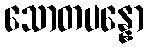
သောတပန္နော